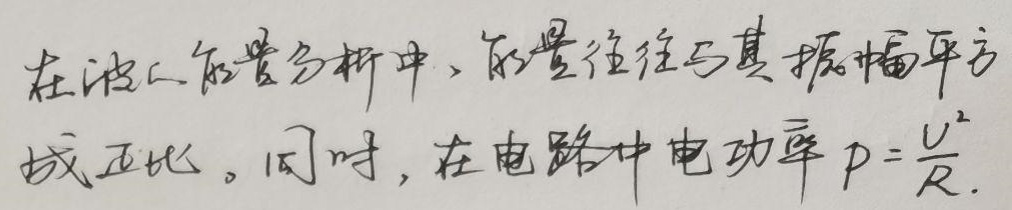
在波的能量分析中，能量往往与其振幅平方成正比。同时，在电路中电功率$p = \frac{U^{2}}{R}$。